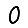
Digit: 0